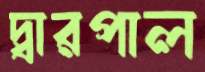
দ্বারপাল